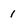
Character: 1